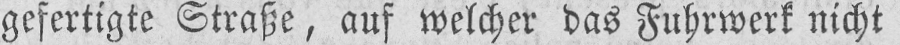
gefertigte Straße, auf welcher das Fuhrwerk nicht